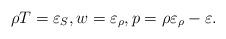
LaTeX: \begin{align*}\rho T=\varepsilon_S,w=\varepsilon_\rho,p=\rho\varepsilon_\rho-\varepsilon. \end{align*}